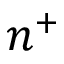
n ^ { + }